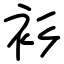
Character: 衫